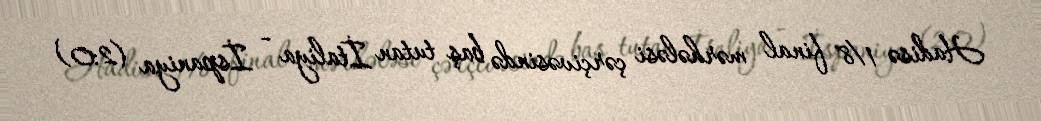
Hadisə 1/8 final mərhələsi çərçivəsində baş tutan İtaliya - İspaniya (2:0)